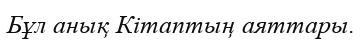
Бұл анық Кітаптың аяттары.